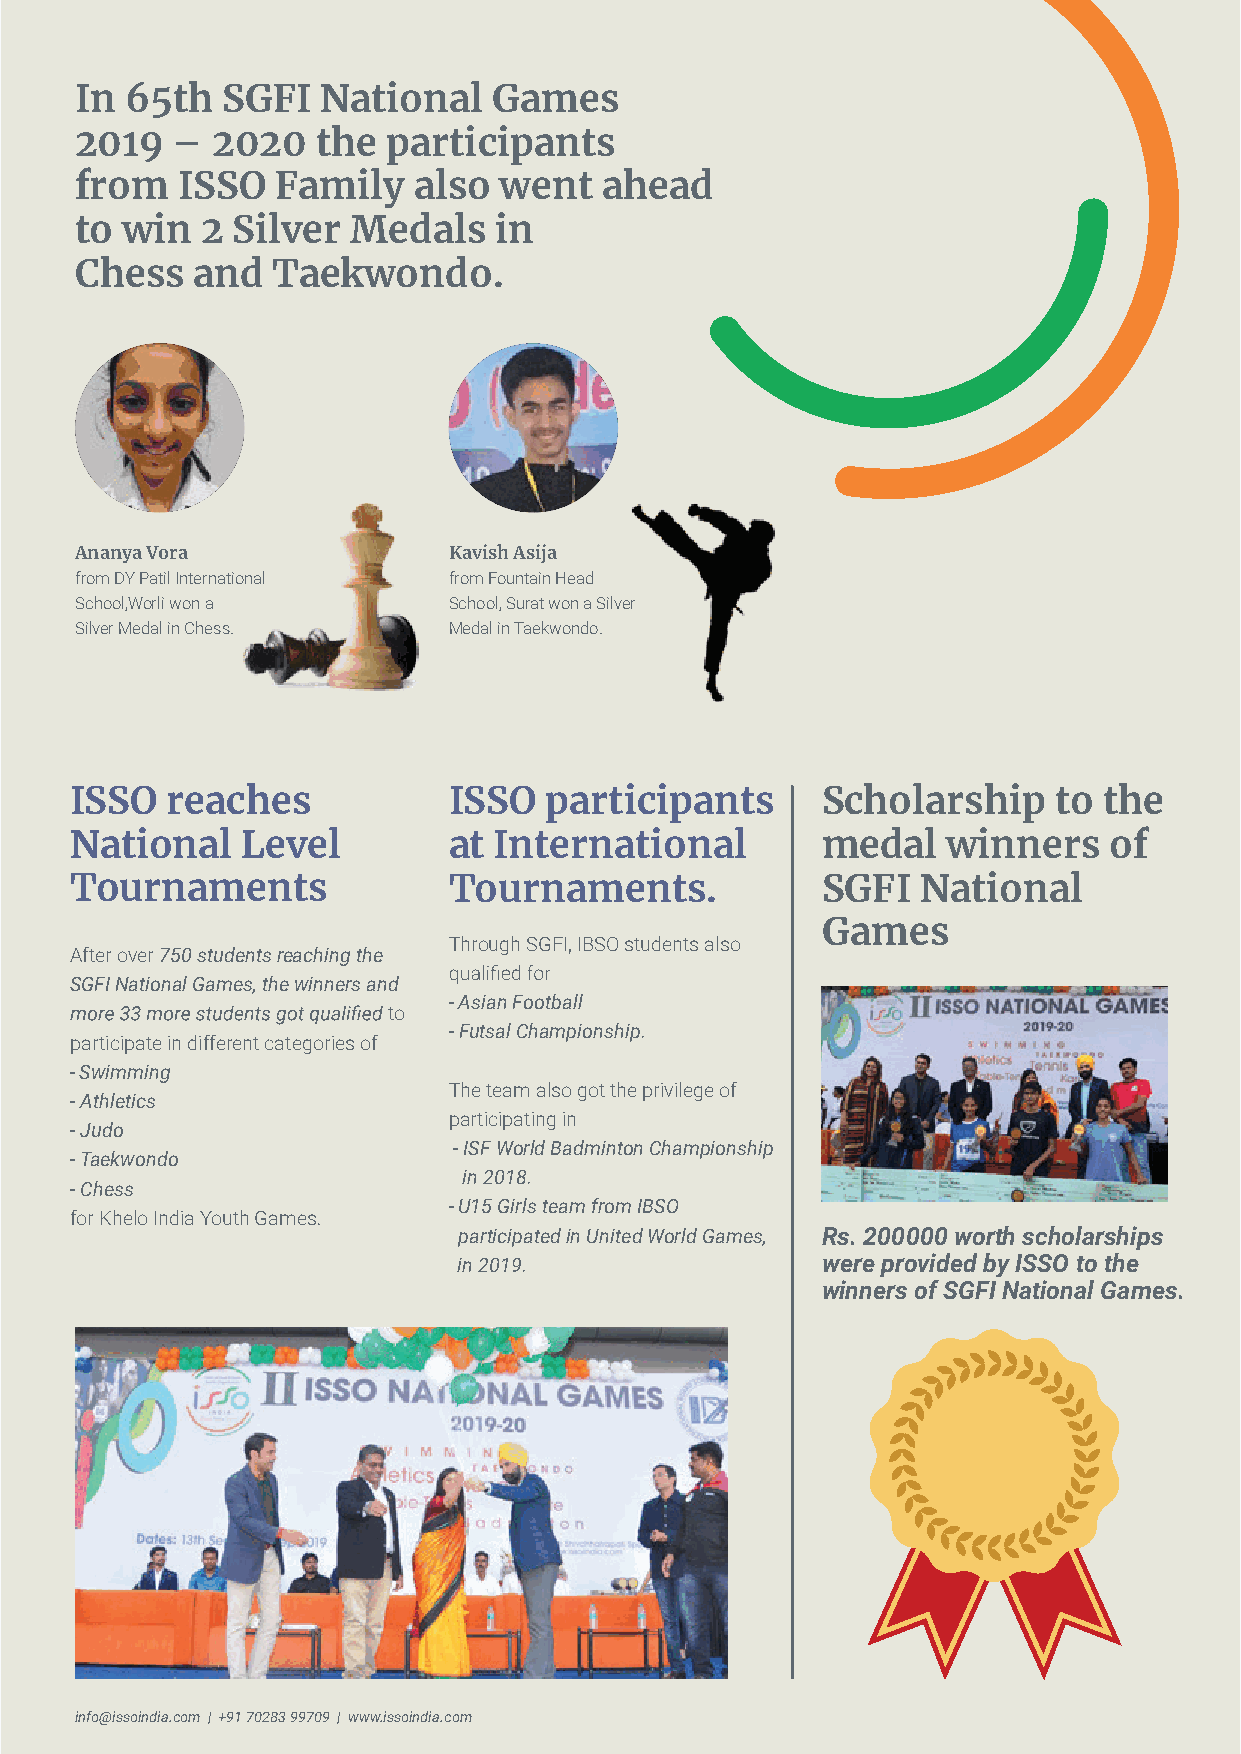
In 65th   SGFI  National    Games
 2019  –  2020   the  participants
 from   ISSO  Family   also  went   ahead
 to win  2 Silver  Medals    in
 Chess   and  Taekwondo.
 Ananya Vora              Kavish Asija
 from DY Patil International from Fountain Head
 School,Worli won a       School, Surat won a Silver
 Silver Medal in Chess.   Medal in Taekwondo.
 ISSO  reaches            ISSO  participants      Scholarship     to the
 National   Level         at International        medal    winners   of
 Tournaments              Tournaments.            SGFI   National
 Games
 Through SGFI, IBSO students also
 After over 750 students reaching the
 SGFI National Games, the winners and
 - Asian Football
 to
 - Futsal Championship.
 p articipate in different categories of
 - Swimming
 The team also got the privilege of
 - Athletics
 participating in
 - Judo
 - ISF World Badminton Championship
 - Taekwondo
 in 2018.
 - Chess
 - U15 Girls team from IBSO
 for Khelo India Youth Games.
 participated in United World Games, Rs. 200000 worth scholarships
 in 2019.                were provided by ISSO to the
 winners of SGFI National Games.
 info@issoindia.com | +91 70283 99709 | www.issoindia.com